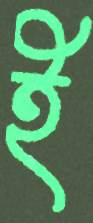
ই